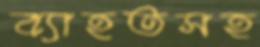
ব্যাহতসহ